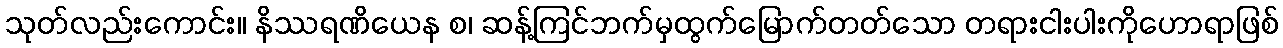
သုတ်လည်းကောင်း။ နိဿရဏိယေန စ၊ ဆန့်ကြင်ဘက်မှထွက်မြောက်တတ်သော တရားငါးပါးကိုဟောရာဖြစ်